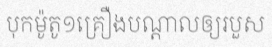
បុកម៉ូតូ១គ្រឿងបណ្តាលឲ្យរបួស